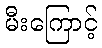
မီးကြောင့်